Cholera in India, 1862 to 1881
Year: 1862
Disease focus: Cholera
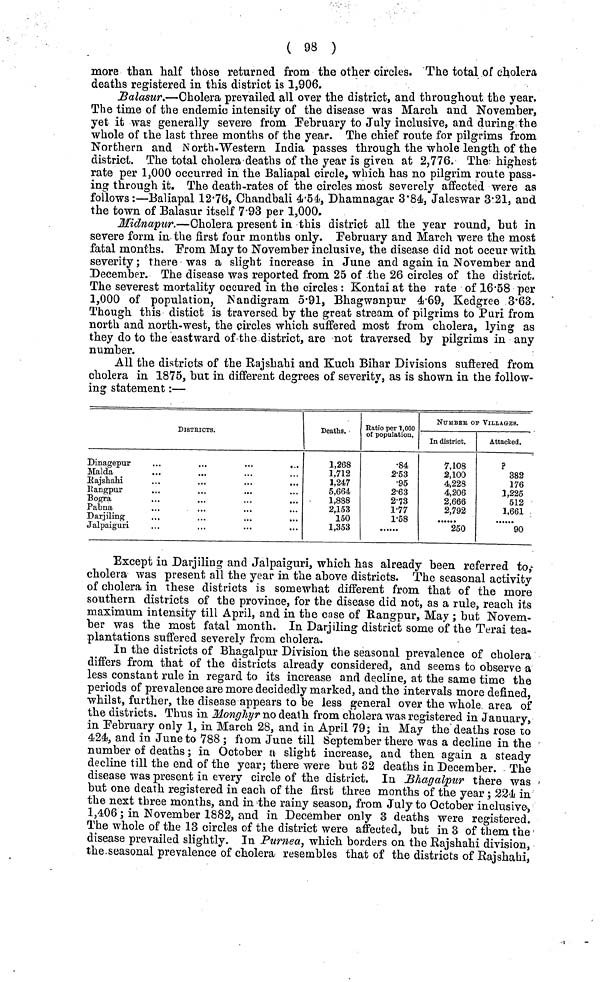
( 98 )
more than half those returned from the other circles. The total of cholera
deaths registered in this district is 1,906.
Balasur.—Cholera prevailed all over the district, and throughout the year.
The time of the endemic intensity of the disease was March and November,
yet it was generally severe from February to July inclusive, and during the
whole of the last three months of the year. The chief route for pilgrims from
Northern and North-Western India passes through the whole length of the
district. The total cholera deaths of the year is given at 2,776. The highest
rate per 1,000 occurred in the Baliapal circle, which has no pilgrim route pass-
ing through it. The death-rates of the circles most severely affected were as
follows:—Baliapal 12.76, Chandbali 4.54, Dhamnagar 3.84, Jaleswar 3.21, and
the town of Balasur itself 7.93 per 1,000.
Midnapur.—Cholera present in this district all the year round, but in
severe form in the first four months only. February and March were the most
fatal months. From May to November inclusive, the disease did not occur with
severity; there was a slight increase in June and again in November and
December. The disease was reported from 25 of the 26 circles of the district.
The severest mortality occured in the circles : Kontai at the rate of 16.58 per
1,000 of population, Nandigram 5.91, Bhagwanpur 4.69, Kedgree 3.63.
Though this distict is traversed by the great stream of pilgrims to Puri from
north and north-west, the circles which suffered most from cholera, lying as
they do to the eastward of the district, are not traversed by pilgrims in any
number.
All the districts of the Rajshahi and Kuch Bihar Divisions suffered from
cholera in 1875, but in different degrees of severity, as is shown in the follow-
ing statement:—
DISTRICTS.
Dinagepur
Malda
Rajshahi
Rangpur
Bogra
Pabna
Darjiling
Jalpaiguri
Deaths
1,268
1,712
3,247
5,664
1,888
2,153
150
1,353
Ratio per 1,000
of population.
.84
2.53
.95
2.63
2.73
1.77
1.58
NUMBER OF VILLAGES.
In district.
7,108
2,100
4,228
4,206
2,666
2,792
250
Attacked.
?
382
176
1,225
512
1,661
90
Except in Darjiling and Jalpaiguri, which has already been referred to,
cholera was present all the year in the above districts. The seasonal activity
of cholera in these districts is somewhat different from that of the more
southern districts of the province, for the disease did not, as a rule, reach its
maximum intensity till April, and in the case of Rangpur, May ; but Novem-
ber was the most fatal month. In Darjiling district some of the Terai tea-
plantations suffered severely from cholera.
In the districts of Bhagalpur Division the seasonal prevalence of cholera
differs from that of the districts already considered, and seems to observe a
less constant rule in regard to its increase and decline, at the same time the
periods of prevalence are more decidedly marked, and the intervals more defined,
whilst, further, the disease appears to be less general over the whole area of
the districts. Thus in Monghyr no death from cholera was registered in January,
in February only 1, in March 28, and in April 79; in May the deaths rose to
424, and in June to 788 ; from June till September there was a decline in the
number of deaths; in October a slight increase, and then again a steady
decline till the end of the year; there were but 32 deaths in December. The
disease was present in every circle of the district. In Bhagalpur there was
but one death registered in each of the first three months of the year; 224 in
the next three months, and in the rainy season, from July to October inclusive,
1,406; in November 1882, and in December only 3 deaths were registered.
The whole of the 13 circles of the district were affected, but in 3 of them the
disease prevailed slightly. In Purnea, which borders on the Rajshahi division,
the seasonal prevalence of cholera resembles that of the districts of Rajshahi,